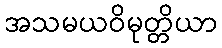
အသမယဝိမုတ္တိယာ